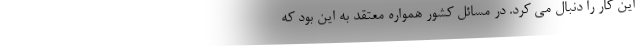
این کار را دنبال می کرد. در مسائل کشور همواره معتقد به این بود که